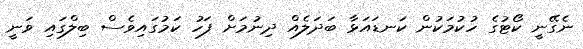
ނެގޭނީ ކޯޓުގެ ހުކުމަކުން ކަނޑައަޅާ ބަދަލެއް ދިނުމަށް ފަހު ކަމުގައިވެސް ބިލްގައި ވަނީ